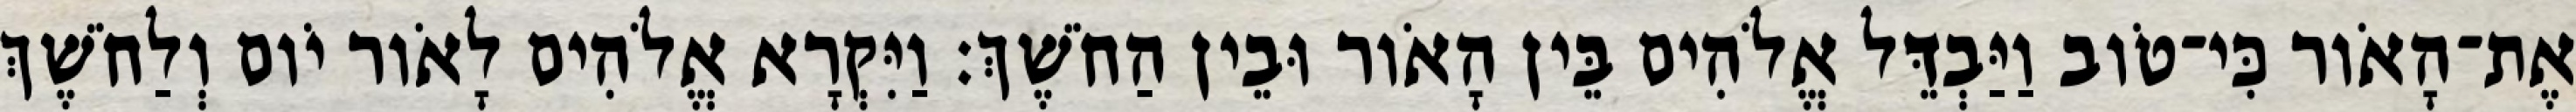
אֶת־הָאֹור כִּי־טֹוב וַיַּבְדֵּל אֱלֹהִים בֵּין הָאֹור וּבֵין הַחֹשֶׁךְ׃ וַיִּקְרָא אֱלֹהִים לָאֹור יֹום וְלַחֹשֶׁךְ